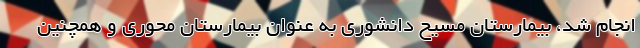
انجام شد، بیمارستان مسیح دانشوری به عنوان بیمارستان محوری و همچنین